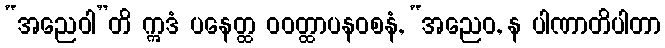
“အညေဝါ”တိ ဣဒံ ပနေတ္ထ ဝဝတ္ထာပနဝစနံ, “အညေဝ, န ပါဏာတိပါတာ